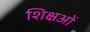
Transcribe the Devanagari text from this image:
शिक्षओं